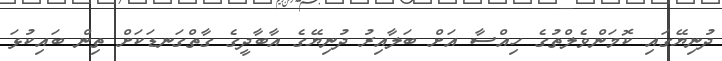
ދުނިޔޭގައި ކޮމަންވެލްތުގެ ހިއްސާ އަށް ބަލާއިރު ދުނިޔޭގެ އާބާދީގެ ގާތްގަނޑަކަށް ތިން ބައިކުޅަ